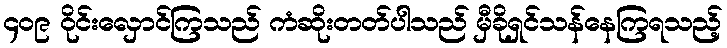
၄၀၉ ဝိုင်းလှောင်ကြသည် ကံဆိုးတတ်ပါသည် မှီခိုရှင်သန်နေကြရသည့်